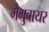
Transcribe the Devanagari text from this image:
मैगुवायर